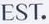
EST.